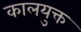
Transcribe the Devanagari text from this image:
कालयुक्त